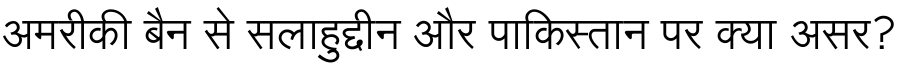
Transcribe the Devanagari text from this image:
अमरीकी बैन से सलाहुद्दीन और पाकिस्तान पर क्या असर?